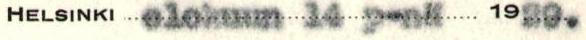
HELSINKI elokuun 14 p-nä 1929.